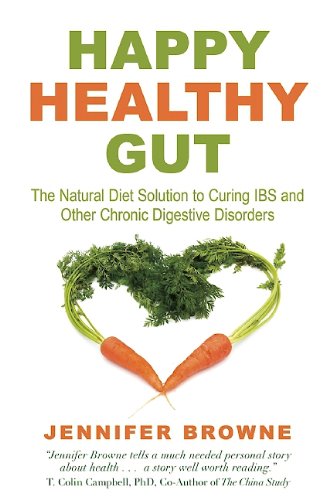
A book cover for Happy Healthy Gut: The Natural Diet Solution to Curing IBS and Other Chronic Digestive Disorders; Jennifer Browne; Health, Fitness & Dieting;